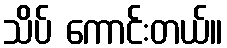
သိပ် ကောင်းတယ်။